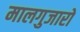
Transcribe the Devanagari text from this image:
मालगुजारो